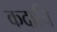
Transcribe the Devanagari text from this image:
कदाचि